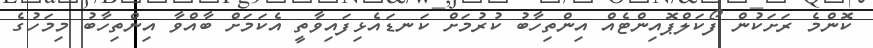
ކޮންމެ ރަށަކުން ފޯކަލްޕޮއިންޓެއް އިންތިހާބު ކުރުމަށް ކަނޑައެޅިފައިވާތީ އެކަމަށް ބާއްވާ އިންތިހާބު މިމަހުގެ